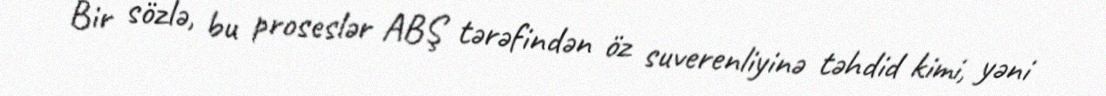
Bir sözlə, bu proseslər ABŞ tərəfindən öz suverenliyinə təhdid kimi, yəni